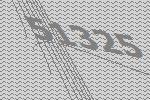
51325